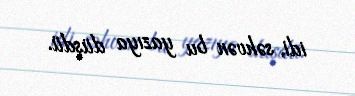
idi, səhvən bu yazıya düşdü.